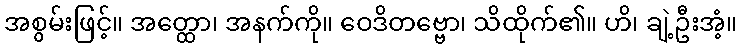
အစွမ်းဖြင့်။ အတ္ထော၊ အနက်ကို။ ဝေဒိတဗ္ဗော၊ သိထိုက်၏။ ဟိ၊ ချဲ့ဦးအံ့။